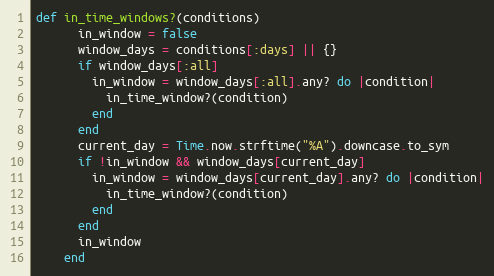
Language: Ruby
def in_time_windows?(conditions)
      in_window = false
      window_days = conditions[:days] || {}
      if window_days[:all]
        in_window = window_days[:all].any? do |condition|
          in_time_window?(condition)
        end
      end
      current_day = Time.now.strftime("%A").downcase.to_sym
      if !in_window && window_days[current_day]
        in_window = window_days[current_day].any? do |condition|
          in_time_window?(condition)
        end
      end
      in_window
    end